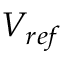
V _ { r e f }